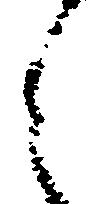
之